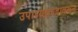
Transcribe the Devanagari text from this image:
उपाध्यक्षपदावरून